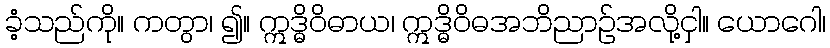
ခံ့သည်ကို။ ကတွာ၊ ၍။ ဣဒ္ဓိဝိဓာယ၊ ဣဒ္ဓိဝိဓအဘိညာဉ်အလို့ငှါ။ ယောဂေါ၊